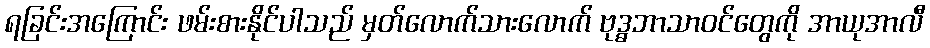
ရခြင်းအကြောင်း ဖမ်းစားနိုင်ပါသည် မှတ်လောက်သားလောက် ဗုဒ္ဓဘာသာဝင်တွေကို အာယုအာလီ